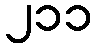
၂၁၁